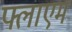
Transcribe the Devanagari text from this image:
फ्लाएम